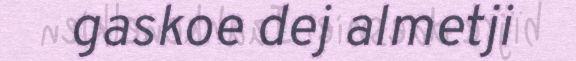
gaskoe dej almetji